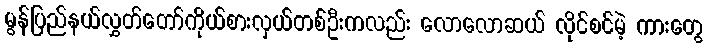
မွန်ပြည်နယ်လွှတ်တော်ကိုယ်စားလှယ်တစ်ဦးကလည်း လောလောဆယ် လိုင်စင်မဲ့ ကားတွေ